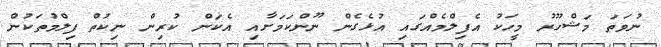
ނުވަތަ މަޝްހޫރު މީހަކު އެފިލްމެއްގައި އުޅެގެން ނޫންކަމަށާއި އެކަން ކުރިން ނިކުތް ފިލްމުތަކުން